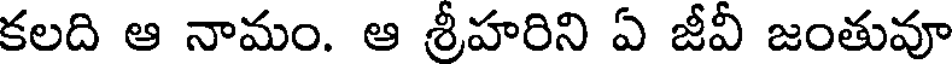
కలది ఆ నామం. ఆ శ్రీహరిని ఏ జీవీ జంతువూ